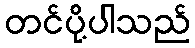
တင်ပို့ပါသည်